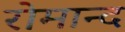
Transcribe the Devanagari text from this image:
रोमान्द